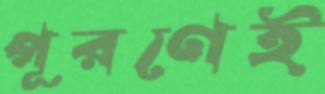
পূরণেই